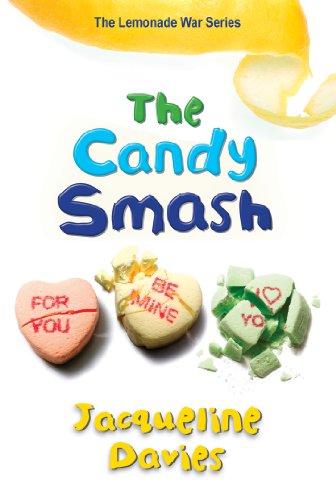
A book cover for The Candy Smash (The Lemonade War Series); Jacqueline Davies; Children's Books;